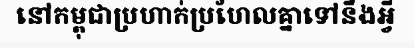
នៅកម្ពុជាប្រហាក់ប្រហែលគ្នាទៅនឹងអ្វី